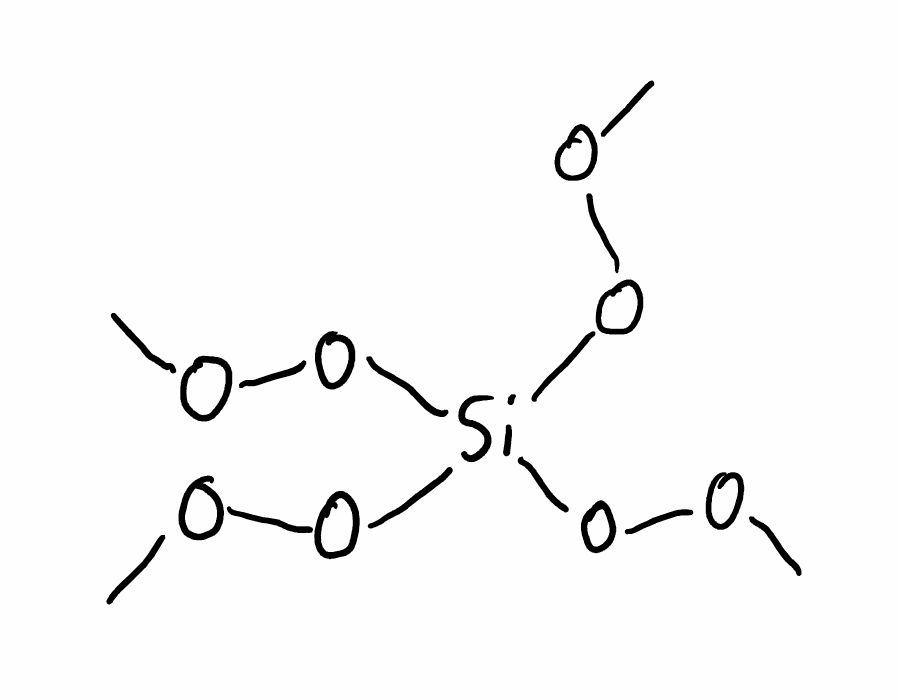
Simplified molecular-input line-entry system (SMILES) notation of the given molecule:
COO[Si](OOC)(OOC)OOC